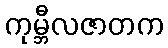
ကုမ္ဘီလဇာတက